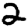
Digit: 2